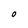
Character: O